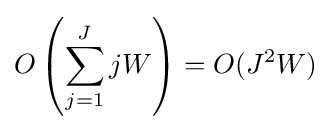
O\left(\sum _{j=1}^{J}jW\right)=O(J^{2}W)